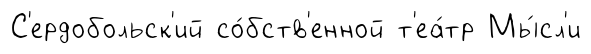
С'ердобольск'ий со́бств'енной т'еа́тр Мы́сл'и